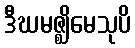
ဒီဃမဇ္ဈိမေသုပိ